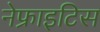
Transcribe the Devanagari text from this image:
नेफ्राइटिस